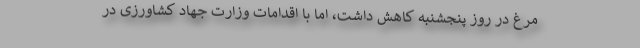
مرغ در روز پنجشنبه کاهش داشت، اما با اقدامات وزارت جهاد کشاورزی در